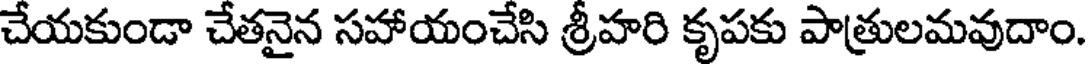
చేయకుండా చేతనైన సహాయంచేసి శ్రీహరి కృపకు పాత్రులమవుదాం.